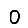
Digit: 0